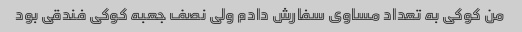
من کوکی به تعداد مساوی سفارش دادم ولی نصف جعبه کوکی فندقی بود